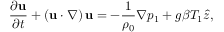
\frac { \partial { \bf u } } { \partial t } + \left( { \bf u } \cdot \nabla \right) { \bf u } = - \frac { 1 } { \rho _ { 0 } } \nabla p _ { 1 } + g \beta T _ { 1 } \hat { z } ,